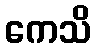
ကေသိ